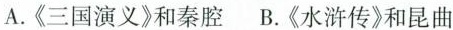
A.《三国演义》和秦腔B.《水浒传》和昆曲